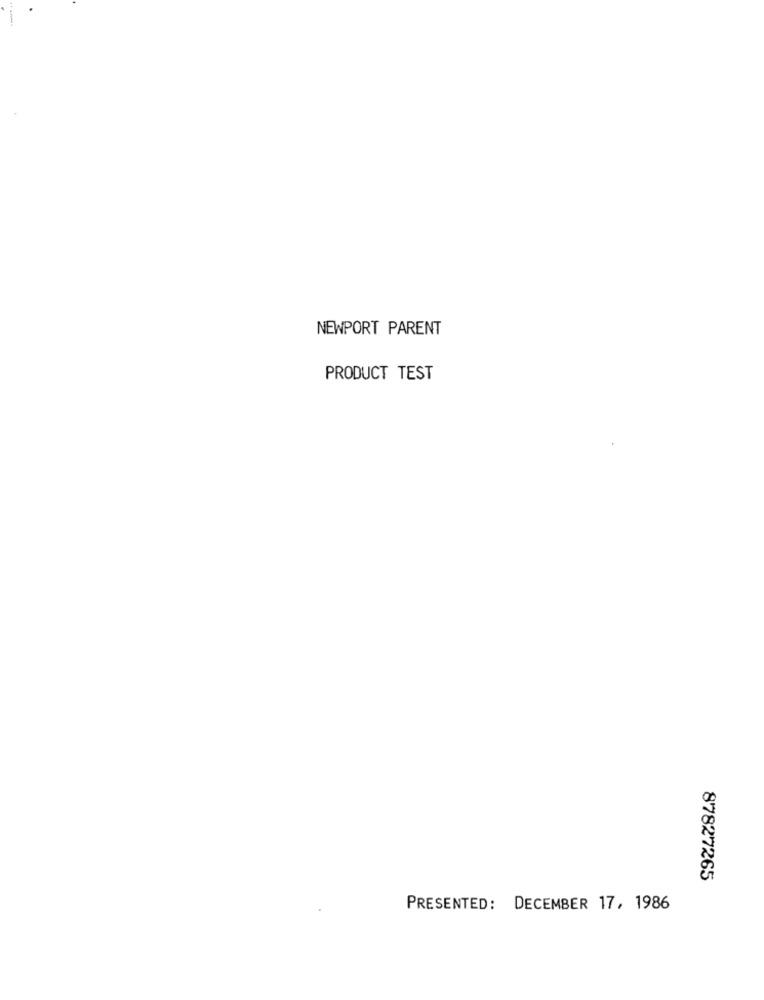
NEWPORT PARENT
PRODUCT TEST
87827265
PRESENTED: DECEMBER 17, 1986